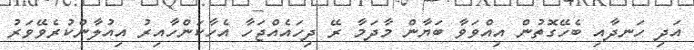
އަދި ހަނދާއި ބެހޭގޮތުން އިއްވަވާ ބަޔާން މާދަމާ ރޭ ދިހައެއްޖަހާ އެހާކަންހާއިރު އިއުލާންކުރެވޭވަރު